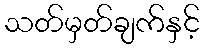
သတ်မှတ်ချက်နှင့်